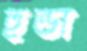
হুন্ডা